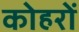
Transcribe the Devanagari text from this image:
कोहरों